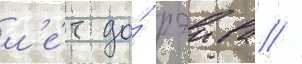
л'е́т до́ рэива //